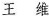
王维